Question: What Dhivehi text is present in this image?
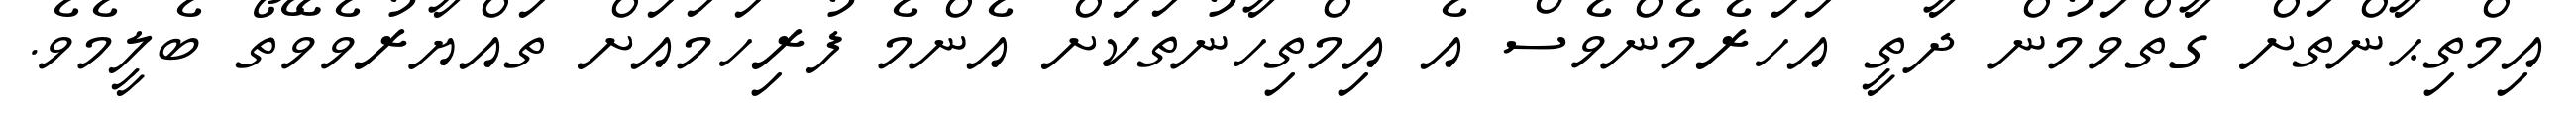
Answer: އިމްތިޙާންތަށް ގާތްވަމުން ދާތީ އަހަރެމެންވެސް އެ އިމްތިހާނުތަކަށް އެންމެ ފުރިހަމައަށް ތައްޔާރުވެވޭތޯ ބެލީމެވެ.